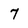
Character: 7